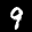
Label: 9